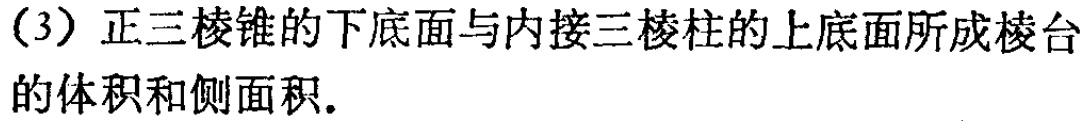
（3）正三棱锥的下底面与内接三棱柱的上底面所成棱台的体积和侧面积.